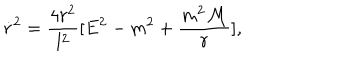
\dot { r } ^ { 2 } = \frac { 4 r ^ { 2 } } { l ^ { 2 } } [ E ^ { 2 } - m ^ { 2 } + \frac { m ^ { 2 } { \cal M } } { r } ] ,